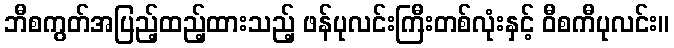
ဘီစကွတ်အပြည့်ထည့်ထားသည့် ဖန်ပုလင်းကြီးတစ်လုံးနှင့် ဝီစကီပုလင်း။